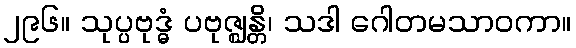
၂၉၆။ သုပ္ပဗုဒ္ဓံ ပဗုဇ္ဈန္တိ၊ သဒါ ဂေါတမသာဝကာ။